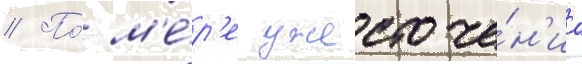
// По́ м'е́р'е ужесточе́н'иа